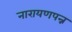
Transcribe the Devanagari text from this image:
नारायणपन्न